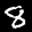
Label: 8